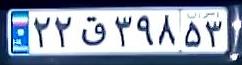
۲۲ق۳۹۸۵۳